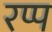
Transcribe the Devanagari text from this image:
रप्प